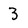
Character: 3